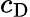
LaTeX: c_{\mathrm{D}}